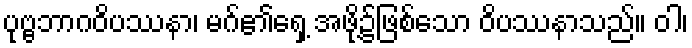
ပုဗ္ဗဘာဂဝိပဿနာ၊ မဂ်၏ရှေ့ အဖို့၌ဖြစ်သော ဝိပဿနာသည်။ ဝါ၊